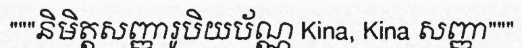
"""និមិត្តសញ្ញារូបិយប័ណ្ណ Kina, Kina សញ្ញា"""